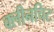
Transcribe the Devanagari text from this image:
क्लीनचिट